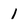
Character: 1